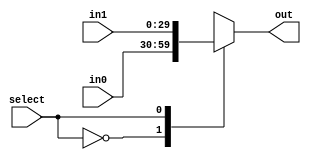
module sc_mux2_a_30 (out,in0,in1,select) ;
    output [29:0] out ;
    input  [29:0] in0, in1 ;
    input select ;
    reg [29:0] out ;
	always @ (select or in0 or in1)
		case (select) 
			1'b0:	out = in0;
			1'b1:	out = in1;
			default: out = 65'hx;
		endcase
endmodule